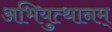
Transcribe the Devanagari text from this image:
अभियुत्थानम्